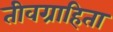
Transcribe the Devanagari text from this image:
तीवग्राहिता